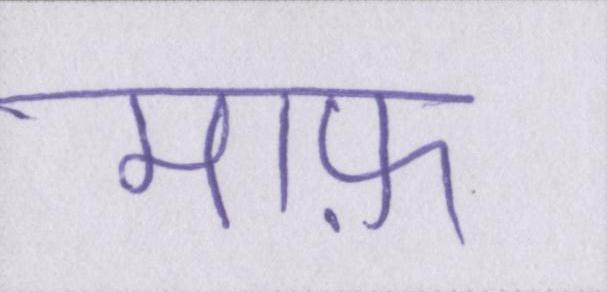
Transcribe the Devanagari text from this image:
माफ़